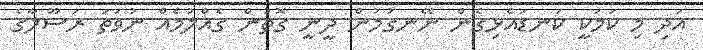
އަދި މި ކަމަކީ ކަނޑައެޅިގެން ނޭނގުމުން ދީނީ ގޮތުން ގެއްލުމެއް ނުވަތަ ރަސޫލާގެ